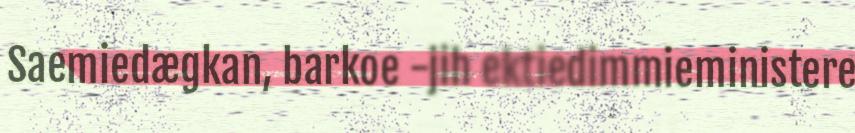
Saemiedægkan, barkoe -jih ektiedimmieministere